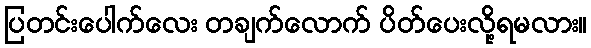
ပြတင်းပေါက်လေး တချက်လောက် ပိတ်ပေးလို့ရမလား။